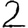
Digit: 2